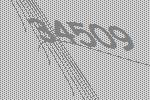
34509